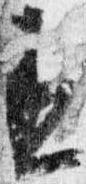
丞